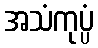
အသံကုပ္ပံ